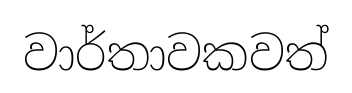
වාර්තාවකවත්